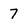
Character: 7